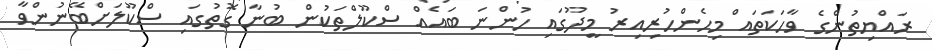
ރައްޔިތުންގެ ވާހަކަތައް މިހެންހުރިއިރު މީދޫގައި ހުންނަ ބައެއް ސްކޫލްތަކުން ބުނާ ގޮތުގައި ސްކޫލަށްބޭނުންވާ